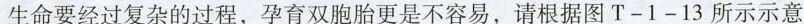
生命要经过复杂的过程，孕育双胞胎更是不容易，请根据图T-1-13所示示意